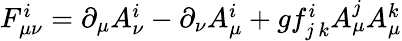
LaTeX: \begin{array}{r}{F_{\mu\nu}^{i}=\partial_{\mu}A_{\nu}^{i}-\partial_{\nu}A_{\mu}^{i}+gf_{j\, k}^{i}A_{\mu}^{j}A_{\mu}^{k}}\end{array}